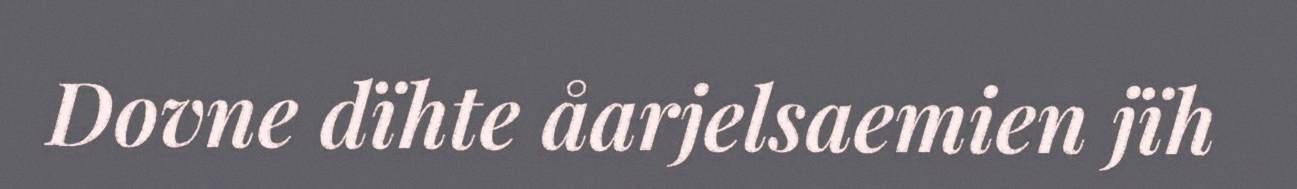
Dovne dïhte åarjelsaemien jïh